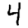
Digit: 4